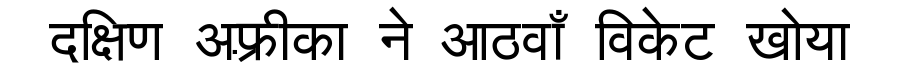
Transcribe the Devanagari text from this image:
दक्षिण अफ़्रीका ने आठवाँ विकेट खोया